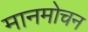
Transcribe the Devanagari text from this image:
मानमोचन